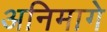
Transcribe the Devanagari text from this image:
अनिमागे